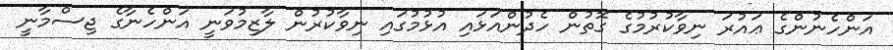
އަންހެނުންގެ ޢައުރަ ނިވާކުރުމުގެ ގޮތުން ހެދުންއަޅައި އުޅުމުގައި ނިވާކުރުން ލާޒިމުވަނީ އަންހެނާގެ ޖިސްމާނީ